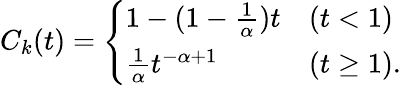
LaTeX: \begin{array}{r}{C_{k}(t)=\left\{ \begin{array}{ll}{1-(1-\frac{1}{\alpha})t}&{(t<1)}\\ {\frac{1}{\alpha}t^{-\alpha+1}\quad}&{(t\geq 1).}\end{array}\right.}\end{array}